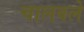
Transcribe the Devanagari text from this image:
चालवले